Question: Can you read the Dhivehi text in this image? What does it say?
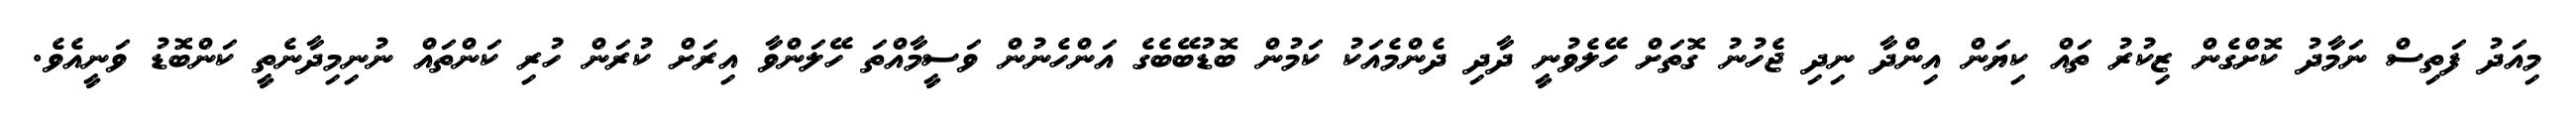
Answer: މިއަދު ފަތިސް ނަމާދު ކޮށްގެން ޒިކުރު ތައް ކިޔަން އިންދާ ނިދި ޖެހުނު ގޮތަށް ހޭލެވުނީ ދާދި ދެންމެއަކު ކަމުން ބޮޑުބޭބެގެ އަންހެނުން ވަސީމާއްތަ ހޭލަންވާ އިރަށް ކުރަން ހުރި ކަންތައް ނުނިމިދާނެތީ ކަންބޮޑު ވަނީއެވެ.